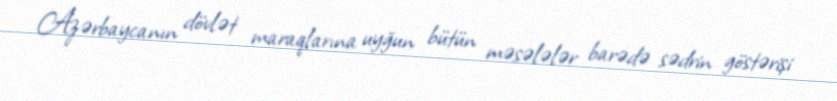
Azərbaycanın dövlət maraqlarına uyğun bütün məsələlər barədə sədrin göstərişi